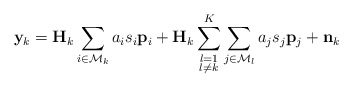
\begin{align*} \mathbf{y}_k=\mathbf{H}_k\sum_{i\in \mathcal{M}_k}a_i s_i\mathbf{p}_i+\mathbf{H}_k\sum\limits_{\substack{l=1\\l \neq k}}^{K}\sum\limits_{j\in \mathcal{M}_l}a_j s_j\mathbf{p}_j+\mathbf{n}_k\end{align*}